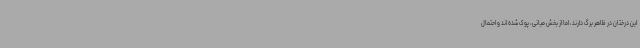
این درختان در ظاهر برگ دارند، اما از بخش میانی، پوک شده اند و احتمال